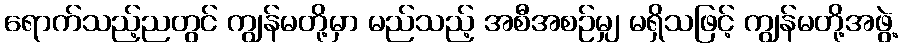
ရောက်သည့်ညတွင် ကျွန်မတို့မှာ မည်သည့် အစီအစဉ်မျှ မရှိသဖြင့် ကျွန်မတို့အဖွဲ့